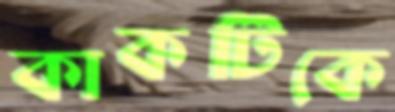
কাকটিকে